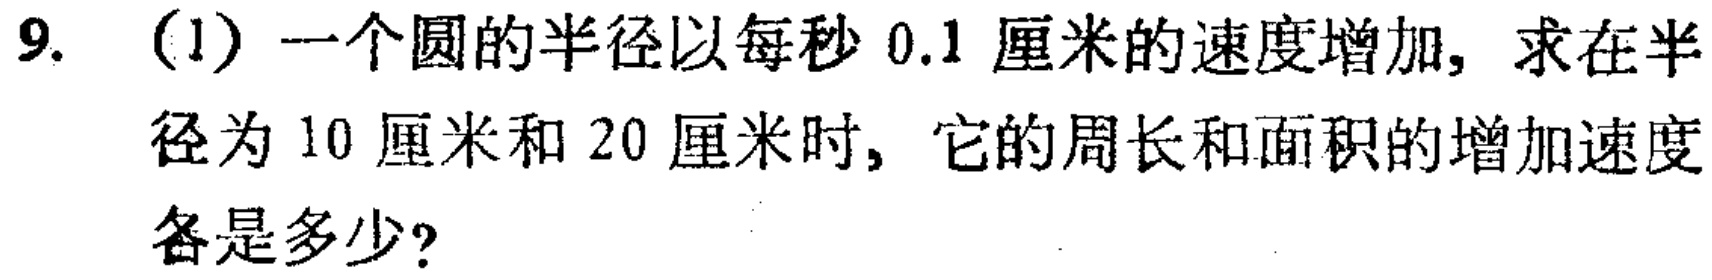
9. (1) 一个圆的半径以每秒 \(0.1\) 厘米的速度增加，求在半径为 \(10\) 厘米和 \(20\) 厘米时，它的周长和面积的增加速度各是多少？